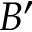
B ^ { \prime }